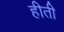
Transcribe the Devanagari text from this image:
हीती